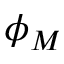
\phi _ { M }